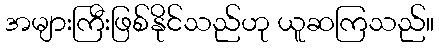
အများကြီးဖြစ်နိုင်သည်ဟု ယူဆကြသည်။